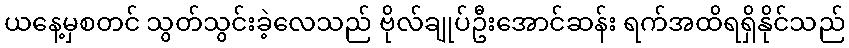
ယနေ့မှစတင် သွတ်သွင်းခဲ့လေသည် ဗိုလ်ချုပ်ဦးအောင်ဆန်း ရက်အထိရရှိနိုင်သည်